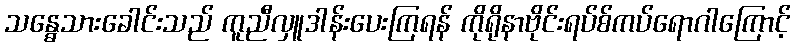
သန္ဓေသားခေါင်းသည် ကူညီလှူဒါန်းပေးကြရန် ကိုရိုနာဗိုင်းရပ်စ်ကပ်ရောဂါကြောင့်